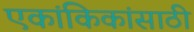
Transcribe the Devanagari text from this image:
एकांकिकांसाठी